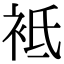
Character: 袛